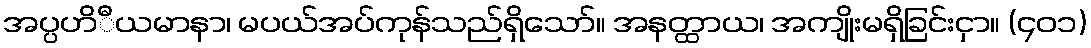
အပ္ပဟိီယမာနာ၊ မပယ်အပ်ကုန်သည်ရှိသော်။ အနတ္ထာယ၊ အကျိုးမရှိခြင်းငှာ။ (၄၀၁)